255_413270_UFO's_and_Defense_What_Should_we_Prepare_For
Agency: NASA
Page 7
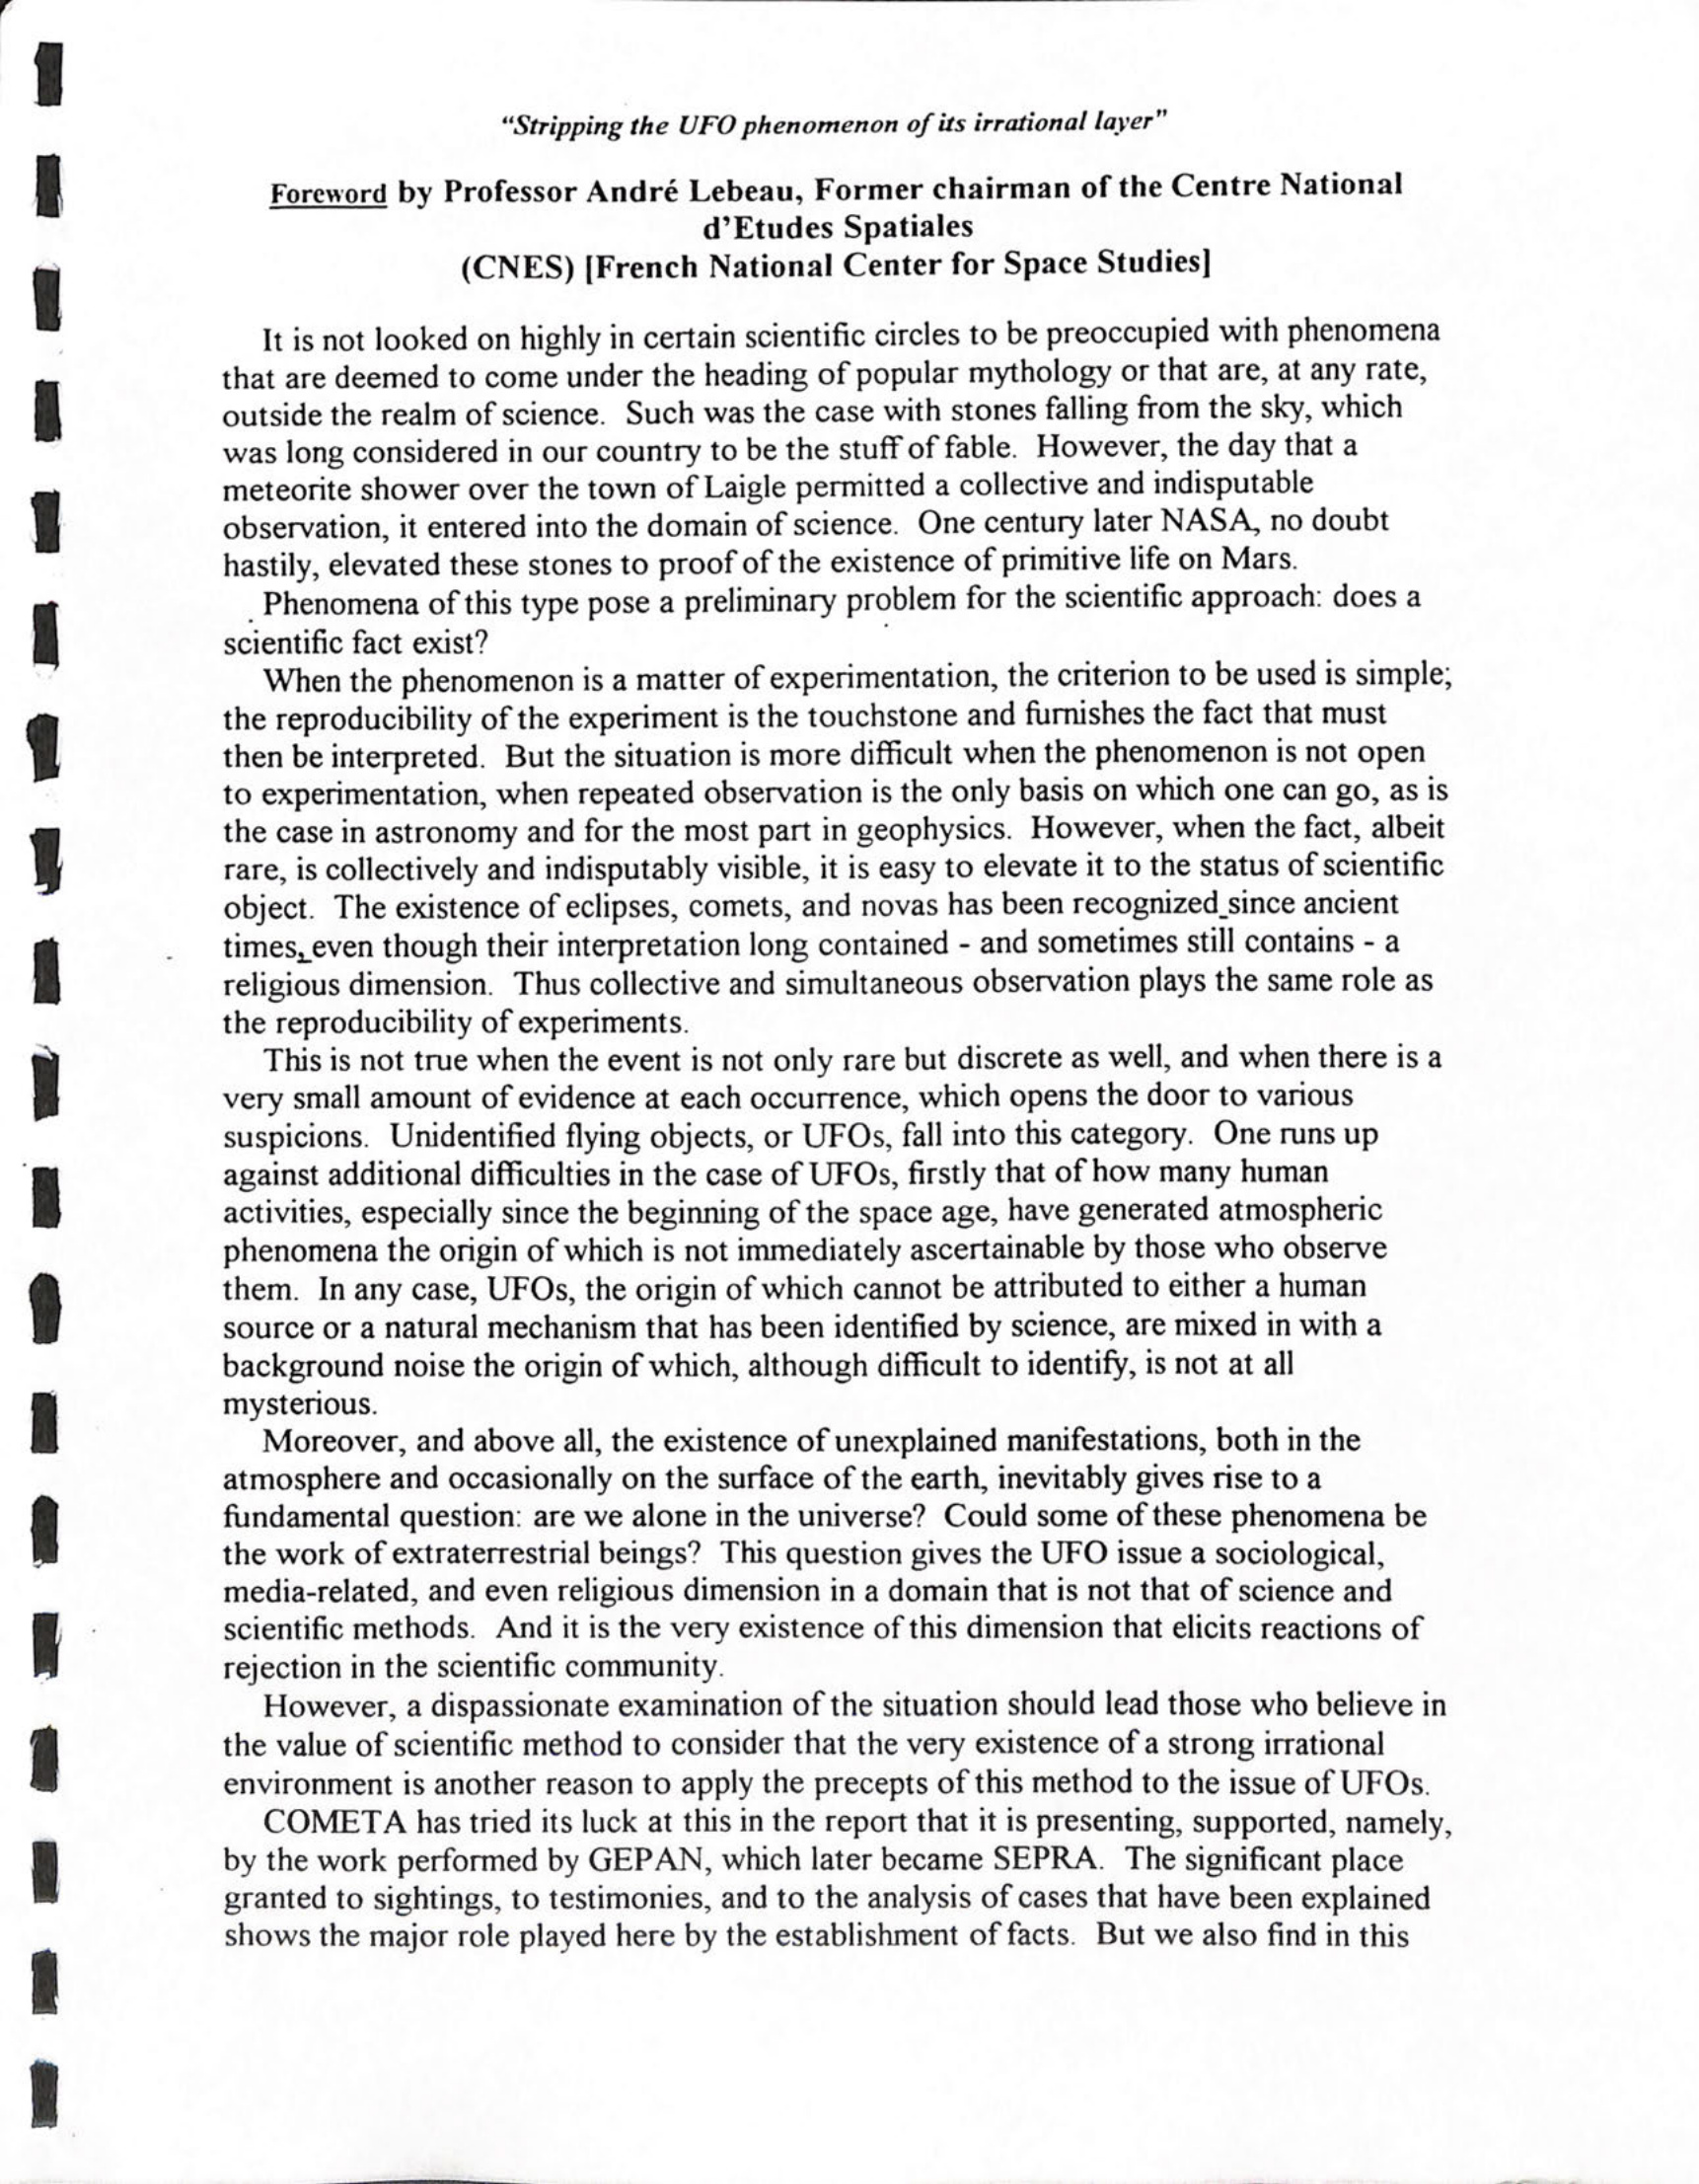